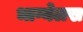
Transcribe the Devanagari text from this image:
भाग्येलख